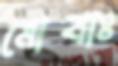
মোবাঃ